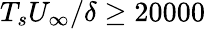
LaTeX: T_{s}U_{\infty}/\delta\geq 20000